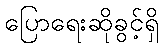
ပြောရေးဆိုခွင့်ရှိ